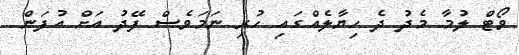
ވޯޓް ލުމާ މެދު ދެ ހިޔާލެއްގައި ހުރި ނަމަވެސް ފޭދު އަށް އުފަން